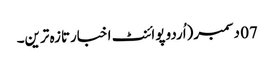
07 دسمبر(اُردو پوائنٹ اخبارتازہ ترین۔